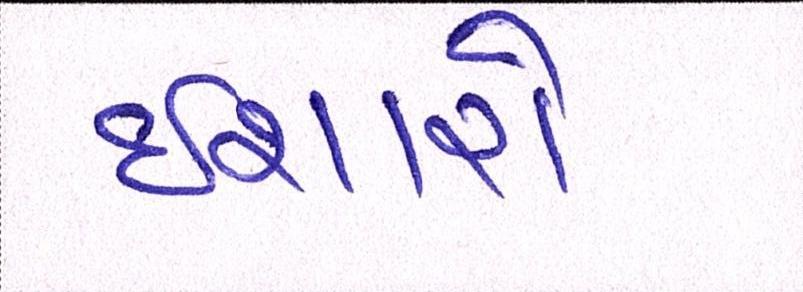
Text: ઈશારો